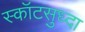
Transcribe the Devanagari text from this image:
स्कॉटसुध्दा